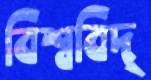
বিশ্ববিদ্